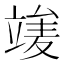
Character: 𥪣